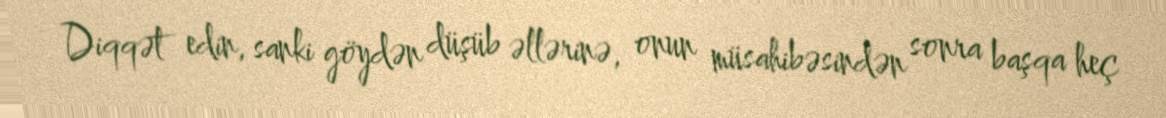
Diqqət edin, sanki göydən düşüb əllərinə, onun müsahibəsindən sonra başqa heç